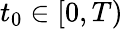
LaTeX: t_{0}\in[0,T)